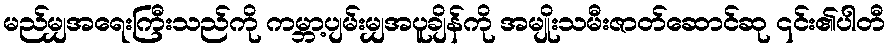
မည်မျှအရေးကြီးသည်ကို ကမ္ဘာ့ပျမ်းမျှအပူချိန်ကို အမျိုးသမီးဇာတ်ဆောင်ဆု ၎င်း၏ပါတီ